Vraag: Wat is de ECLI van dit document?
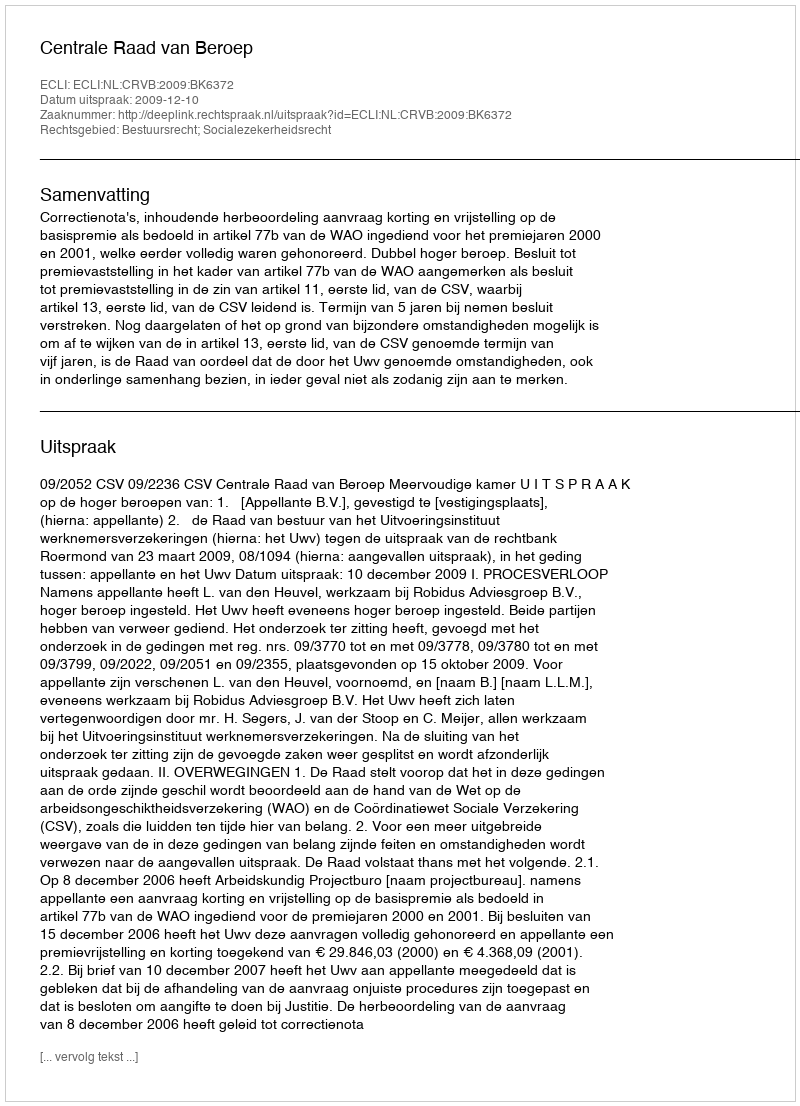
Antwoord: ECLI:NL:CRVB:2009:BK6372